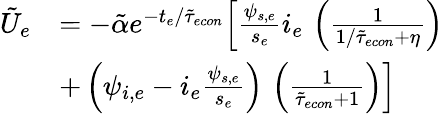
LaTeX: \begin{array}{rl}{\tilde{U}_{e}}&{=-\tilde{\alpha}e^{-t_{e}/\tilde{\tau}_{econ}}\Big[\frac{\psi_{s,e}}{s_{e}}i_{e}\, \left(\frac{1}{1/\tilde{\tau}_{econ}+\eta}\right)}\\ &{+\left(\psi_{i,e}-i_{e}\frac{\psi_{s,e}}{s_{e}}\right)\, \left(\frac{1}{\tilde{\tau}_{econ}+1}\right)\Big]}\end{array}